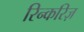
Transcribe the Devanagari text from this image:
रिन्करिज़